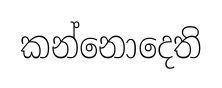
කන්නොදෙති